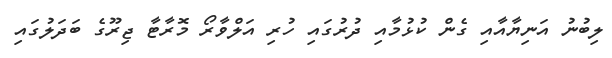
ލިބުނު އަނިޔާއާއި ގެން ކުޅުމާއި ދުރުގައި ހުރި އަލްވާރޯ މޮރާޓާ ޖިރޫގެ ބަދަލުގައި